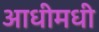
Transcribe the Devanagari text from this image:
आधीमधी